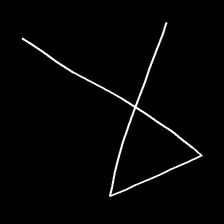
Glyph: collection